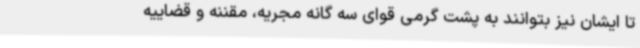
تا ایشان نیز بتوانند به پشت‌ گرمی قوای سه گانه مجریه، مقننه و قضاییه